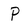
Character: P